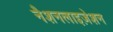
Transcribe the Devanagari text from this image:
नैशनलाइज़ेशन